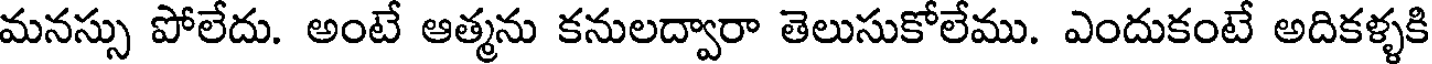
మనస్సు పోలేదు. అంటే ఆత్మను కనులద్వారా తెలుసుకోలేము. ఎందుకంటే అదికళ్ళకి